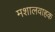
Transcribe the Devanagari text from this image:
मशालवाहक